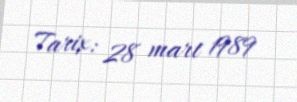
Tarix: 28 mart 1989